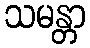
သမန္တာ